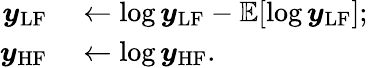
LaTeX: \begin{array}{rl}{\boldsymbol{y}_{\mathrm{LF}}}&{{}\leftarrow\log{\boldsymbol{y}_{\mathrm{LF}}}-\mathbb{E}[\log{\boldsymbol{y}_{\mathrm{LF}}}];}\\ {\boldsymbol{y}_{\mathrm{HF}}}&{{}\leftarrow\log{\boldsymbol{y}_{\mathrm{HF}}}.}\end{array}